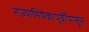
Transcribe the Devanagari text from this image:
राज्याभिषेकापूर्वीपासून